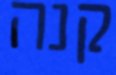
קנה